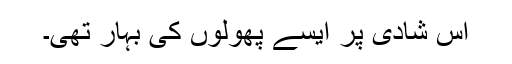
اس شادی پر ایسے پھولوں کی بہار تھی۔